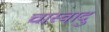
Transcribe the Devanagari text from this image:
चास्वादु